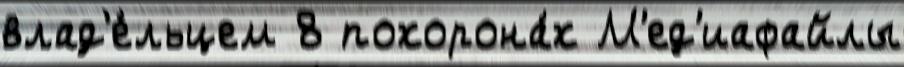
влад'е́льцем 8 похорона́х М'ед'иафайлы